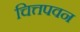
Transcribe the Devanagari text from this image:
चित्तपवन